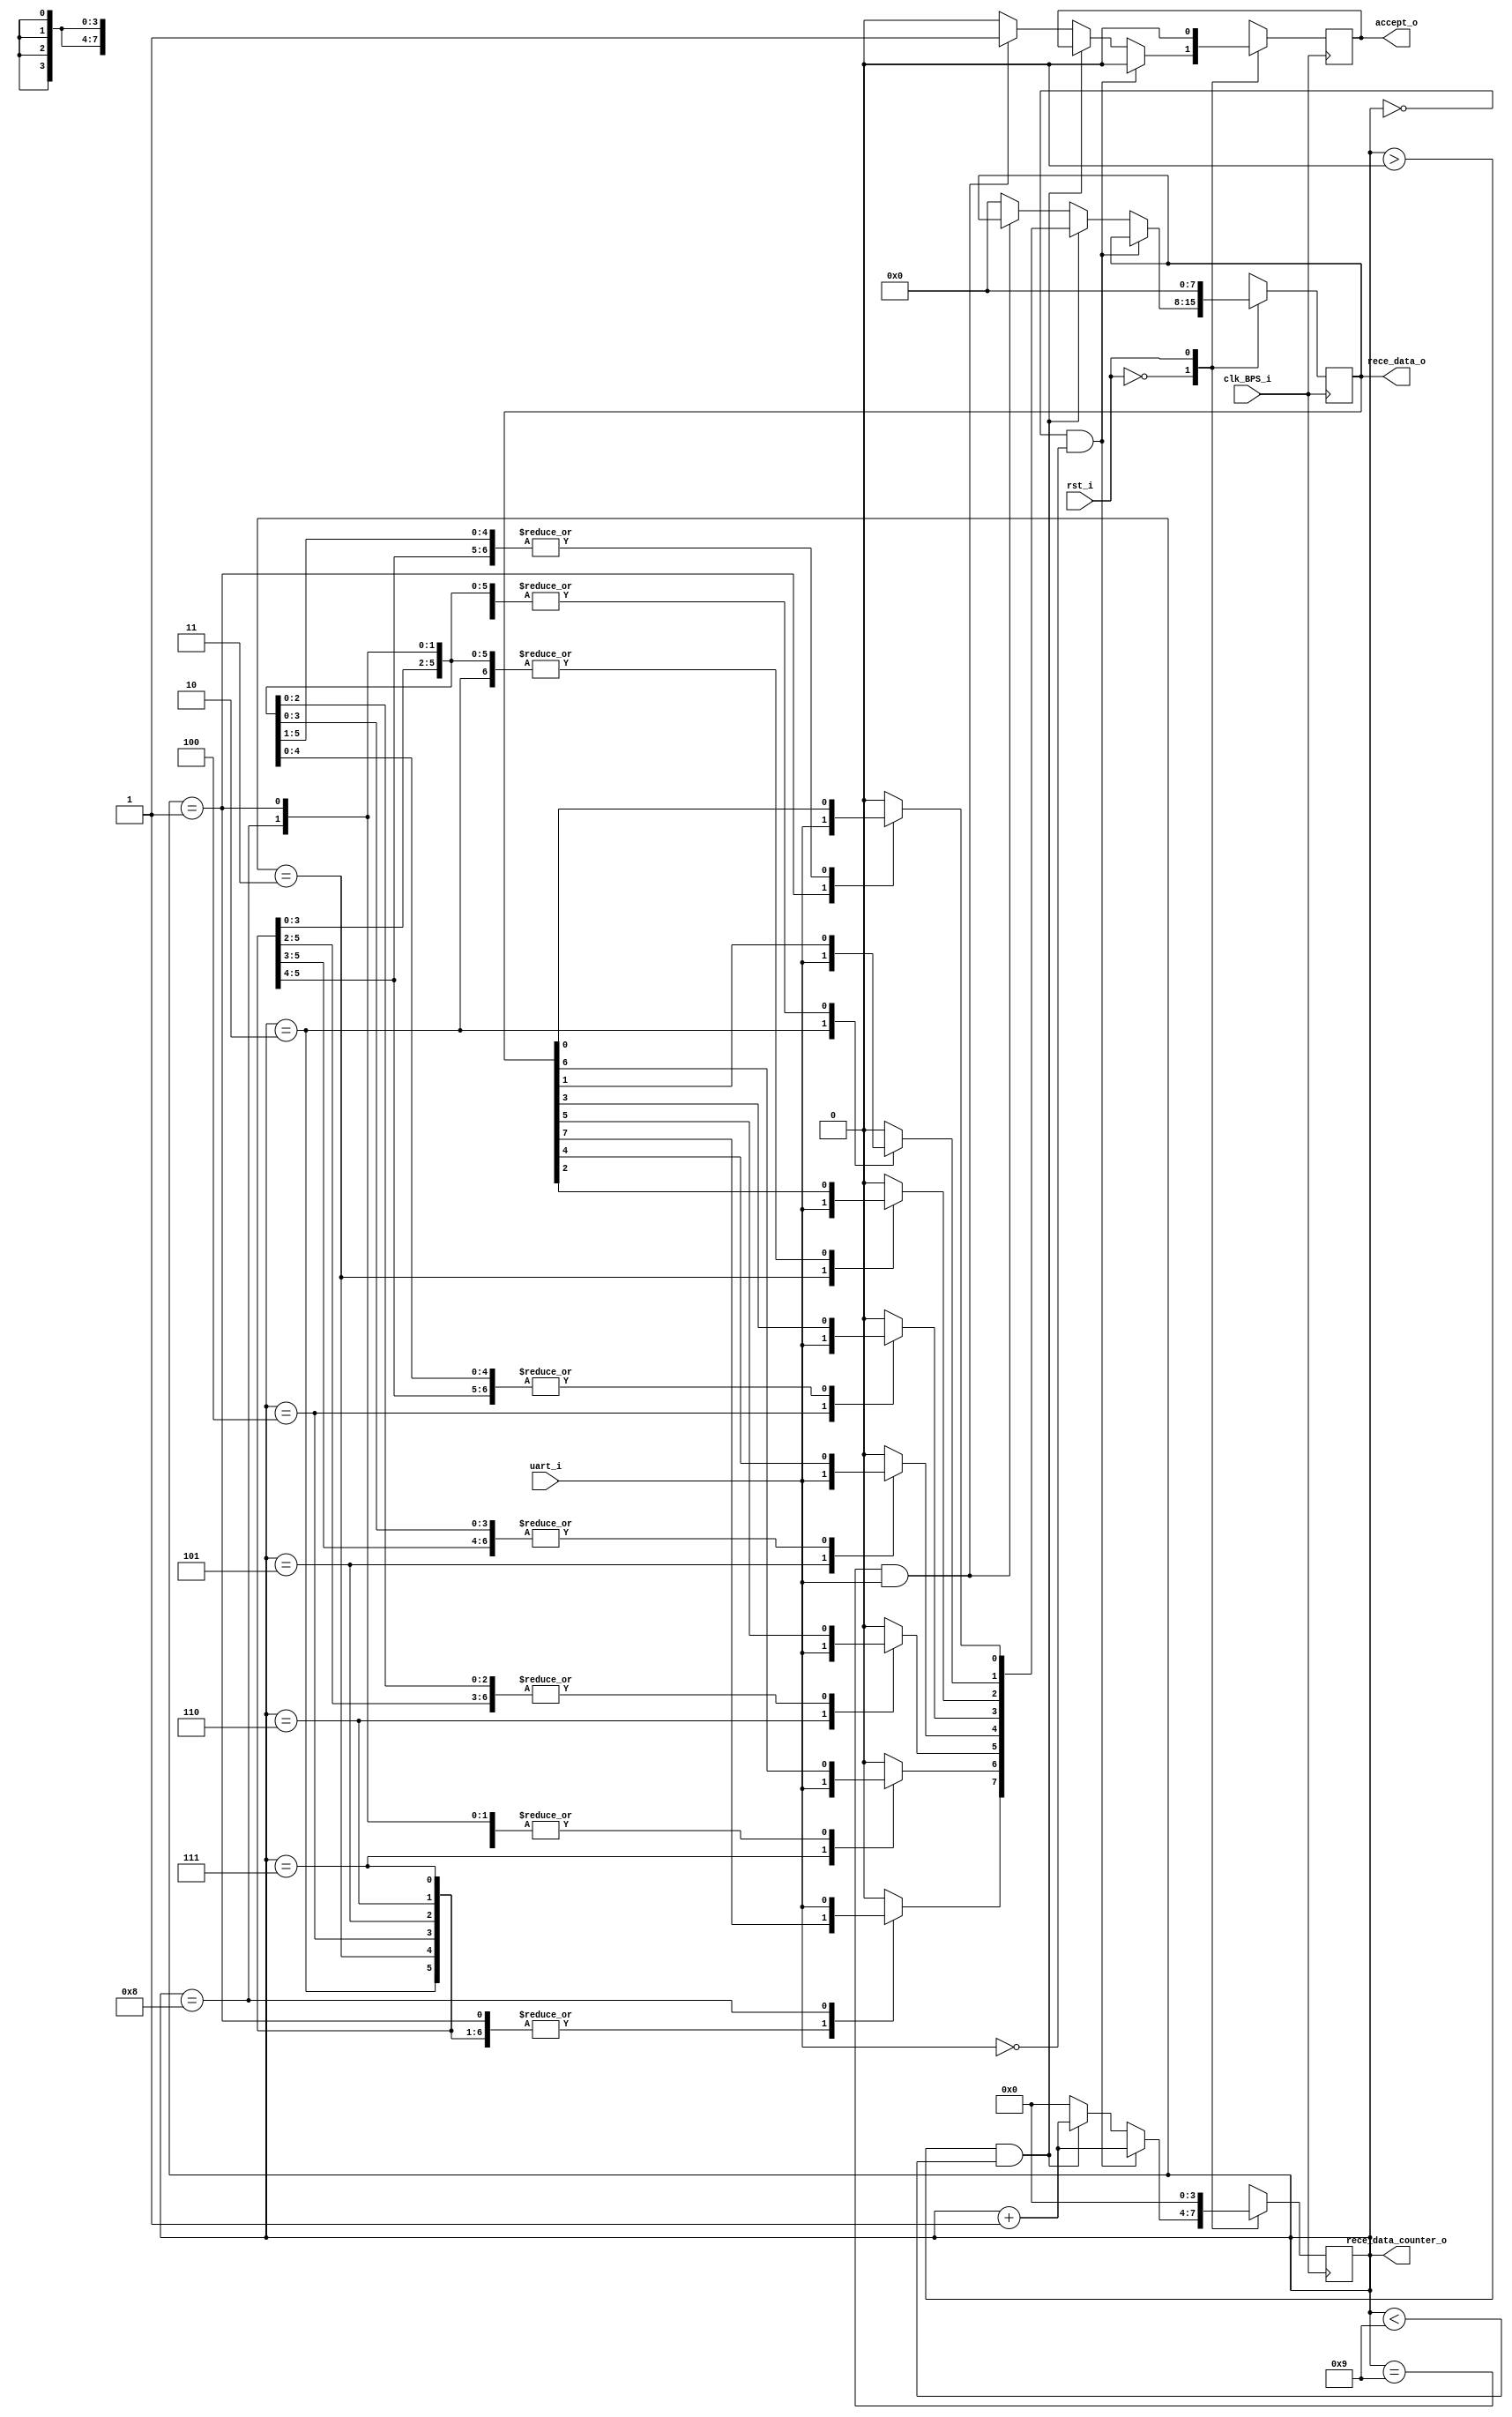

module UART_receiver

//----------------------------------------------------------------
// Param
//----------------------------------------------------------------

#(
    parameter EN_RESET = 1'b1
)

//----------------------------------------------------------------
// Ports
//----------------------------------------------------------------

(
     clk_BPS_i
    ,rst_i
    ,uart_i
    ,rece_data_o
    ,rece_data_counter_o
    ,accept_o
);

    // Inputs
    input clk_BPS_i;
    input rst_i;
    input uart_i;

    // Outputs
    output reg [7:0] rece_data_o = 0;
    output reg [3:0] rece_data_counter_o = 0;
    output reg accept_o = 0;

//----------------------------------------------------------------
// Registers / Wires
//----------------------------------------------------------------

parameter OFF_RESET = ~ EN_RESET;

//----------------------------------------------------------------
// Circuits
//----------------------------------------------------------------

always @(posedge clk_BPS_i) begin
    case (rst_i)
        OFF_RESET: begin
            if (rece_data_counter_o == 0 && uart_i == 0) begin
                rece_data_counter_o = rece_data_counter_o + 1;
                accept_o = 0;
            end
            else if (rece_data_counter_o > 0 && rece_data_counter_o < 9) begin
                case (rece_data_counter_o)
                    4'b0001: rece_data_o[0] = uart_i;
                    4'b0010: rece_data_o[1] = uart_i;
                    4'b0011: rece_data_o[2] = uart_i;
                    4'b0100: rece_data_o[3] = uart_i;
                    4'b0101: rece_data_o[4] = uart_i;
                    4'b0110: rece_data_o[5] = uart_i;
                    4'b0111: rece_data_o[6] = uart_i;
                    4'b1000: rece_data_o[7] = uart_i;
                    default: rece_data_o = 0;
                endcase
                rece_data_counter_o = rece_data_counter_o + 1;
            end
            else if (rece_data_counter_o == 9 && uart_i == 1) begin
                rece_data_counter_o = 0;
                accept_o = 1;
            end
            else begin
                rece_data_o = 0;
                rece_data_counter_o = 0;
                accept_o = 0;
            end
        end
        EN_RESET: begin
            rece_data_o = 0;
            rece_data_counter_o = 0;
            accept_o = 0;
        end
        default: begin
            rece_data_o = 0;
            rece_data_counter_o = 0;
            accept_o = 0;
        end
    endcase
end

endmodule